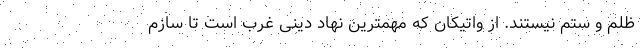
ظلم و ستم نیستند. از واتیکان که مهمترین نهاد دینی غرب است تا سازم